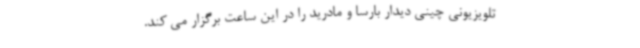
تلویزیونی چینی دیدار بارسا و مادرید را در این ساعت برگزار می کند.